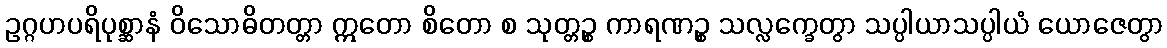
ဥဂ္ဂဟပရိပုစ္ဆာနံ ဝိသောဓိတတ္တာ ဣတော စိတော စ သုတ္တဉ္စ ကာရဏဉ္စ သလ္လက္ခေတွာ သပ္ပါယာသပ္ပါယံ ယောဇေတွာ